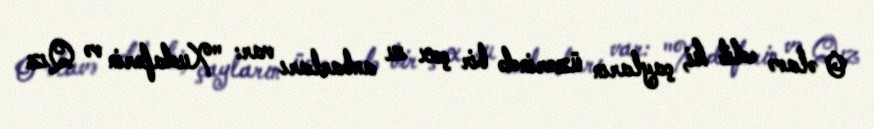
O əlavə edib ki, çayların üzərində bir çox su anbarları var: "Xudafərin və Qız